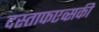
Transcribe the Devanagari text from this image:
दस्ताफएव्सकी